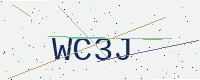
Text: WC3J